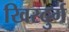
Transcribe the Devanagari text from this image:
खिरदुर्ग